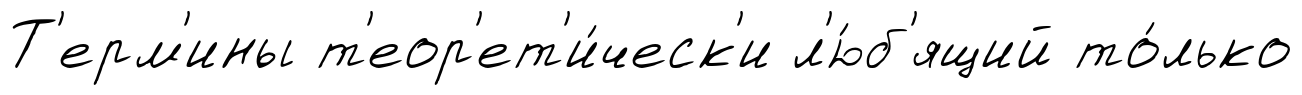
Т'ерм'ины т'еор'ет'и́ческ'и л'ю́б'ящий то́лько